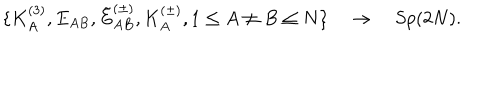
LaTeX: \{ K _ { A } ^ { ( 3 ) } , E _ { A B } , \tilde { E } _ { A B } ^ { ( \pm ) } , K _ { A } ^ { ( \pm ) } , 1 \le A \neq B \le N \} \quad \rightarrow \quad S p ( 2 N ) .